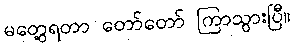
မတွေ့ရတာ တော်တော် ကြာသွားပြီ။